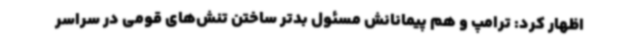
اظهار کرد: ترامپ و هم پیمانانش مسئول بدتر ساختن تنش‌های قومی در سراسر